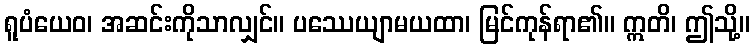
ရူပံယေဝ၊ အဆင်းကိုသာလျှင်။ ပဿေယျာမယထာ၊ မြင်ကုန်ရာ၏။ ဣတိ၊ ဤသို့။